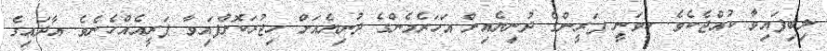
ލިބިފައިވާ ކުއްޖެކެވެ. ހީވަނީ ޕަރީންގެ ދުނިޔެއިން އަހަރެމެންގެ ދުނިޔެއަށް ހިޖުރަކޮށްފައިވާ ޕަރީއެެއްހެނެވެ. އާދައިގެ